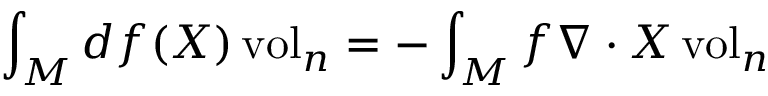
\int _ { M } d f ( X ) \operatorname { v o l } _ { n } = - \int _ { M } f \nabla \cdot X \operatorname { v o l } _ { n }